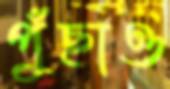
পুঁছাও